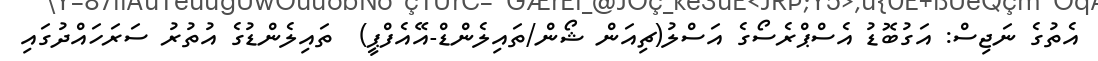
އެތުގެ ނަޖިސް: އަގުބޮޑު އެސްޕްރެސޯގެ އަސްލު(ޗިއަން ޝޯން/ތައިލެންޑް-އޭއެފްޕީ)  ތައިލެންޑުގެ އުތުރު ސަރަހައްދުގައި